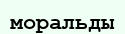
моральды